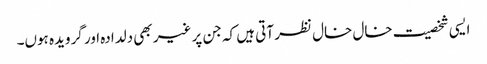
ایسی شخصیت خال خال نظر آتی ہیں کہ جن پر غیر بھی دلدادہ اور گرویدہ ہوں۔